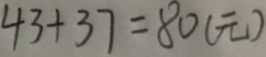
4 3 + 3 7 = 8 0 ( 元 )